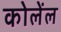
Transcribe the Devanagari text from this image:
कोलेंल